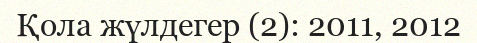
Қола жүлдегер (2): 2011, 2012